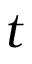
t